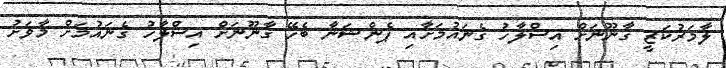
ލާމަރުކަޒީ ގާނޫނަށް އިސްލާހު ގެނައުމަށާއި ޕެންޝަނާ ބެހޭ ގާނޫނަށް އިސްލާހު ގެނައުމަށް މާވަށު